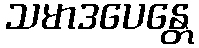
သမာဒပေန္တေ